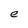
Character: e